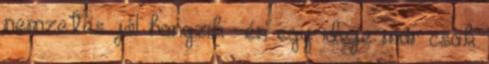
nemzetes jól hangzik : én egy ideje már csak